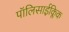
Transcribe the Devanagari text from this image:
पॉलिसाईक्लिक